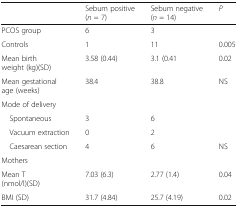
|  | Sebum positive (n = 7) | Sebum negative (n = 14) | P |
 | --- | --- | --- | --- |
 | PCOS group | 6 | 3 |  |
 | Controls | 1 | 11 | 0.005 |
 | Mean birth weight (kg)(SD) | 3.58 (0.44) | 3.1 (0.41 | 0.02 |
 | Mean gestational age (weeks) | 38.4 | 38.8 | NS |
 | <COLSPAN=4> Mode of delivery |
 | Spontaneous | 3 | 6 | <ROWSPAN=2>  |
 | Vacuum extraction | 0 | 2 |
 | Caesarean section | 4 | 6 | NS |
 | <COLSPAN=4> Mothers |
 | Mean T (nmol/l)(SD) | 7.03 (6.3) | 2.77 (1.4) | 0.04 |
 | BMI (SD) | 31.7 (4.84) | 25.7 (4.19) | 0.02 |